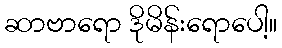
ဆာဗာရော ဒိုမိန်းရောပေါ့။